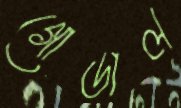
গোডাল